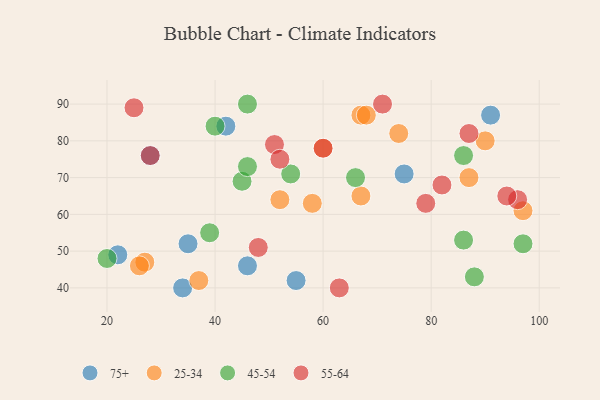
{"axis": {"x": "GDP", "y": "Life Expectancy"}, "legend": ["25-34", "45-54", "55-64", "75+"], "data": [{"x": "46", "y": 46, "type": "75+"}, {"x": "28", "y": 76, "type": "75+"}, {"x": "42", "y": 84, "type": "75+"}, {"x": "75", "y": 71, "type": "75+"}, {"x": "34", "y": 40, "type": "75+"}, {"x": "35", "y": 52, "type": "75+"}, {"x": "55", "y": 42, "type": "75+"}, {"x": "91", "y": 87, "type": "75+"}, {"x": "22", "y": 49, "type": "75+"}, {"x": "74", "y": 82, "type": "25-34"}, {"x": "27", "y": 47, "type": "25-34"}, {"x": "90", "y": 80, "type": "25-34"}, {"x": "87", "y": 70, "type": "25-34"}, {"x": "37", "y": 42, "type": "25-34"}, {"x": "67", "y": 87, "type": "25-34"}, {"x": "67", "y": 65, "type": "25-34"}, {"x": "26", "y": 46, "type": "25-34"}, {"x": "68", "y": 87, "type": "25-34"}, {"x": "97", "y": 61, "type": "25-34"}, {"x": "58", "y": 63, "type": "25-34"}, {"x": "52", "y": 64, "type": "25-34"}, {"x": "60", "y": 78, "type": "25-34"}, {"x": "45", "y": 69, "type": "45-54"}, {"x": "40", "y": 84, "type": "45-54"}, {"x": "88", "y": 43, "type": "45-54"}, {"x": "46", "y": 90, "type": "45-54"}, {"x": "54", "y": 71, "type": "45-54"}, {"x": "66", "y": 70, "type": "45-54"}, {"x": "86", "y": 53, "type": "45-54"}, {"x": "20", "y": 48, "type": "45-54"}, {"x": "39", "y": 55, "type": "45-54"}, {"x": "86", "y": 76, "type": "45-54"}, {"x": "97", "y": 52, "type": "45-54"}, {"x": "46", "y": 73, "type": "45-54"}, {"x": "48", "y": 51, "type": "55-64"}, {"x": "51", "y": 79, "type": "55-64"}, {"x": "60", "y": 78, "type": "55-64"}, {"x": "82", "y": 68, "type": "55-64"}, {"x": "63", "y": 40, "type": "55-64"}, {"x": "28", "y": 76, "type": "55-64"}, {"x": "87", "y": 82, "type": "55-64"}, {"x": "96", "y": 64, "type": "55-64"}, {"x": "25", "y": 89, "type": "55-64"}, {"x": "52", "y": 75, "type": "55-64"}, {"x": "79", "y": 63, "type": "55-64"}, {"x": "94", "y": 65, "type": "55-64"}, {"x": "71", "y": 90, "type": "55-64"}]}